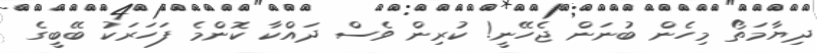
ދިޔާމަތޯ މިހެން ބުނަން ޖެހޭނީ! ކުރިން ވެސް ދައްކާ ކޮންމެ ފަހަރަކު ބޭބީގެ